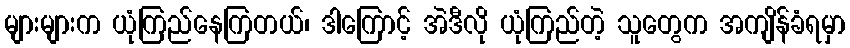
များများက ယုံကြည်နေကြတယ်၊ ဒါကြောင့် အဲဒီလို ယုံကြည်တဲ့ သူတွေက အကျိန်ခံရမှာ